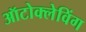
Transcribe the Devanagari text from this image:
ऑटोक्लेविंग